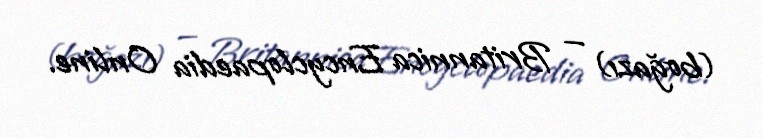
(boğazı) — Britannica Encyclopaedia Online.